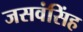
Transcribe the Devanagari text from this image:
जसवंसिंह